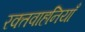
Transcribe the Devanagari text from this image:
रक्तवाहनियाँ